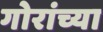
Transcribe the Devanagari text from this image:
गोरांच्या